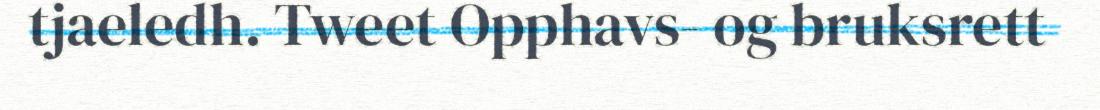
tjaeledh. Tweet Opphavs- og bruksrett